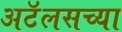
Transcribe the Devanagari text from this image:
अटॅलसच्या